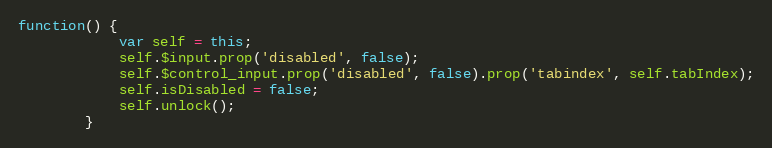
Language: JavaScript
function() {
			var self = this;
			self.$input.prop('disabled', false);
			self.$control_input.prop('disabled', false).prop('tabindex', self.tabIndex);
			self.isDisabled = false;
			self.unlock();
		}